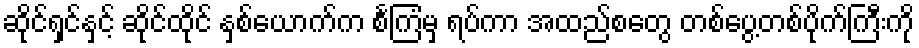
ဆိုင်ရှင်နှင့် ဆိုင်ထိုင် နှစ်ယောက်က စင်္ကြံမှ ရပ်ကာ အထည်စတွေ တစ်ပွေ့တစ်ပိုက်ကြီးကို